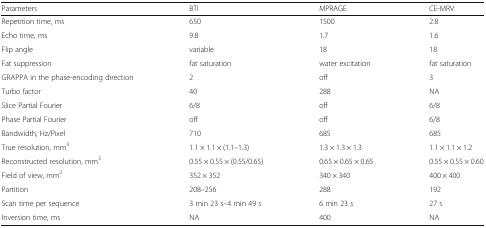
<table><thead><tr><td><b>Parameters</b></td><td><b>BTI</b></td><td><b>MPRAGE</b></td><td><b>CE-MRV</b></td></tr></thead><tbody><tr><td>Repetition time, ms</td><td>650</td><td>1500</td><td>2.8</td></tr><tr><td>Echo time, ms</td><td>9.8</td><td>1.7</td><td>1.6</td></tr><tr><td>Flip angle</td><td>variable</td><td>18</td><td>18</td></tr><tr><td>Fat suppression</td><td>fat saturation</td><td>water excitation</td><td>fat saturation</td></tr><tr><td>GRAPPA in the phase-encoding direction</td><td>2</td><td>off</td><td>3</td></tr><tr><td>Turbo factor</td><td>40</td><td>288</td><td>NA</td></tr><tr><td>Slice Partial Fourier</td><td>6/8</td><td>off</td><td>6/8</td></tr><tr><td>Phase Partial Fourier</td><td>off</td><td>off</td><td>6/8</td></tr><tr><td>Bandwidth, Hz/Pixel</td><td>710</td><td>685</td><td>685</td></tr><tr><td>True resolution, mm<sup>3</sup></td><td>1.1 × 1.1 × (1.1–1.3)</td><td>1.3 × 1.3 × 1.3</td><td>1.1 × 1.1 × 1.2</td></tr><tr><td>Reconstructed resolution, mm<sup>3</sup></td><td>0.55 × 0.55 × (0.55/0.65)</td><td>0.65 × 0.65 × 0.65</td><td>0.55 × 0.55 × 0.60</td></tr><tr><td>Field of view, mm<sup>2</sup></td><td>352 × 352</td><td>340 × 340</td><td>400 × 400</td></tr><tr><td>Partition</td><td>208–256</td><td>288</td><td>192</td></tr><tr><td>Scan time per sequence</td><td>3 min 23 s–4 min 49 s</td><td>6 min 23 s</td><td>27 s</td></tr><tr><td>Inversion time, ms</td><td>NA</td><td>400</td><td>NA</td></tr></tbody></table>